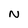
Character: N